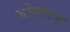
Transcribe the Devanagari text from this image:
ज़ोम्बएड